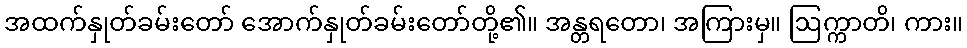
အထက်နှုတ်ခမ်းတော် အောက်နှုတ်ခမ်းတော်တို့၏။ အန္တရတော၊ အကြားမှ။ ဩက္ကာတိ၊ ကား။